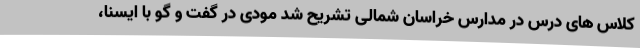
کلاس های درس در مدارس خراسان شمالی تشریح شد مودی در گفت و گو با ایسنا،